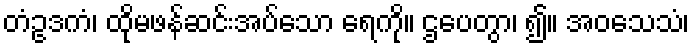
တံဥဒကံ၊ ထိုမဖန်ဆင်းအပ်သော ရေကို။ ဌပေတွာ၊ ၍။ အဝသေသံ၊